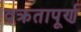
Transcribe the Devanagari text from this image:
वक्रतापूर्ण